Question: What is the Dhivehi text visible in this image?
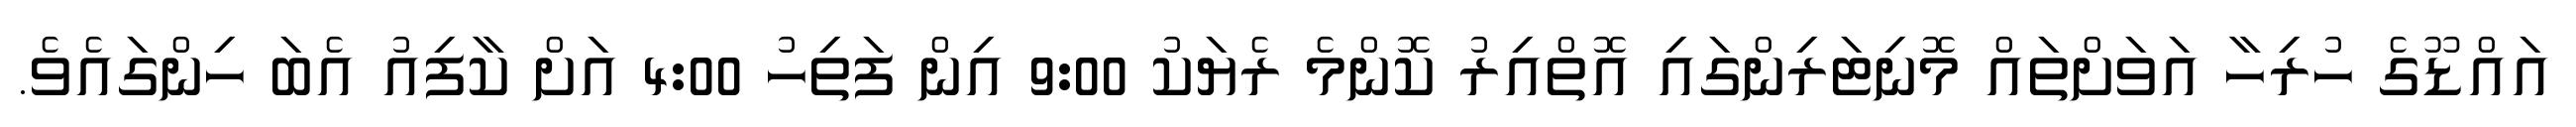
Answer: އައްޑޫގެ ހުރިހާ އަވަށްތައް މޮނިޓަރިންގައި އޮތްއިރު ކޮންމެ ރެޔަކު 9:00 އިން ފަތިހު 4:00 އަށް ކާފިއު އެބަ ހިންގައެވެ.